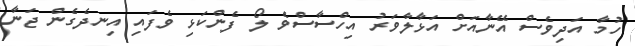
ހުމާ އަދިވެސް އޭނާއަށް އަޅާލާވަރު އިހްސާސްވެ ލޯ ފެންކަޅި ވެފައި އިނދެގެން ޖަނާ